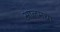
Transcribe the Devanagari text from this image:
आलमचा